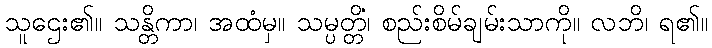
သူဌေး၏။ သန္တိကာ၊ အထံမှ။ သမ္ပတ္တိံ၊ စည်းစိမ်ချမ်းသာကို။ လဘိ၊ ရ၏။